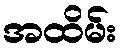
အထိမ်း